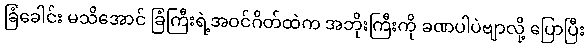
ခြံခေါင်း မသိအောင် ခြံကြီးရဲ့အဝင်ဂိတ်ထဲက အဘိုးကြီးကို ခဏပါပဲဗျာလို့ ပြောပြီး